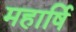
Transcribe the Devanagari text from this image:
महार्षि